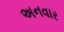
અનવાર